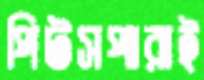
পিটসপারাই